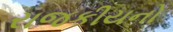
રાજકીયનો